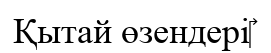
Қытай өзендері‎